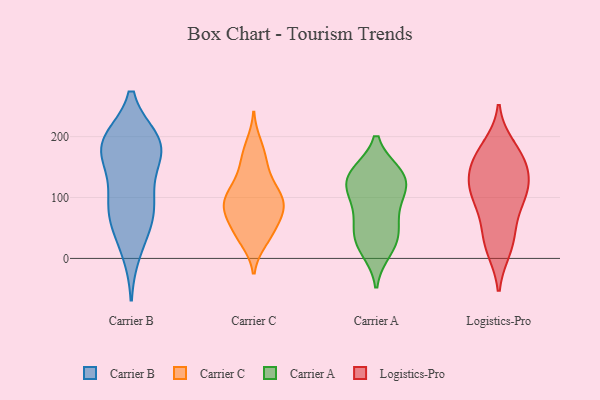
{"axis": {"x": "Customer Acquisition Cost (USD)", "y": "Value"}, "legend": ["Carrier A", "Carrier B", "Carrier C", "Logistics-Pro"], "data": [{"x": "", "y": 118, "type": "Carrier B"}, {"x": "", "y": 177, "type": "Carrier B"}, {"x": "", "y": 61, "type": "Carrier B"}, {"x": "", "y": 13, "type": "Carrier B"}, {"x": "", "y": 184, "type": "Carrier B"}, {"x": "", "y": 188, "type": "Carrier B"}, {"x": "", "y": 192, "type": "Carrier B"}, {"x": "", "y": 79, "type": "Carrier B"}, {"x": "", "y": 98, "type": "Carrier B"}, {"x": "", "y": 182, "type": "Carrier B"}, {"x": "", "y": 64, "type": "Carrier B"}, {"x": "", "y": 184, "type": "Carrier B"}, {"x": "", "y": 106, "type": "Carrier C"}, {"x": "", "y": 91, "type": "Carrier C"}, {"x": "", "y": 71, "type": "Carrier C"}, {"x": "", "y": 87, "type": "Carrier C"}, {"x": "", "y": 45, "type": "Carrier C"}, {"x": "", "y": 109, "type": "Carrier C"}, {"x": "", "y": 33, "type": "Carrier C"}, {"x": "", "y": 82, "type": "Carrier C"}, {"x": "", "y": 135, "type": "Carrier C"}, {"x": "", "y": 169, "type": "Carrier C"}, {"x": "", "y": 107, "type": "Carrier C"}, {"x": "", "y": 56, "type": "Carrier C"}, {"x": "", "y": 188, "type": "Carrier C"}, {"x": "", "y": 79, "type": "Carrier C"}, {"x": "", "y": 151, "type": "Carrier C"}, {"x": "", "y": 28, "type": "Carrier C"}, {"x": "", "y": 106, "type": "Carrier A"}, {"x": "", "y": 120, "type": "Carrier A"}, {"x": "", "y": 90, "type": "Carrier A"}, {"x": "", "y": 139, "type": "Carrier A"}, {"x": "", "y": 43, "type": "Carrier A"}, {"x": "", "y": 14, "type": "Carrier A"}, {"x": "", "y": 138, "type": "Carrier A"}, {"x": "", "y": 23, "type": "Carrier A"}, {"x": "", "y": 67, "type": "Carrier A"}, {"x": "", "y": 127, "type": "Carrier A"}, {"x": "", "y": 39, "type": "Carrier A"}, {"x": "", "y": 139, "type": "Carrier A"}, {"x": "", "y": 103, "type": "Logistics-Pro"}, {"x": "", "y": 50, "type": "Logistics-Pro"}, {"x": "", "y": 184, "type": "Logistics-Pro"}, {"x": "", "y": 111, "type": "Logistics-Pro"}, {"x": "", "y": 117, "type": "Logistics-Pro"}, {"x": "", "y": 100, "type": "Logistics-Pro"}, {"x": "", "y": 16, "type": "Logistics-Pro"}, {"x": "", "y": 177, "type": "Logistics-Pro"}, {"x": "", "y": 161, "type": "Logistics-Pro"}, {"x": "", "y": 47, "type": "Logistics-Pro"}, {"x": "", "y": 156, "type": "Logistics-Pro"}, {"x": "", "y": 141, "type": "Logistics-Pro"}, {"x": "", "y": 100, "type": "Logistics-Pro"}, {"x": "", "y": 15, "type": "Logistics-Pro"}, {"x": "", "y": 145, "type": "Logistics-Pro"}]}